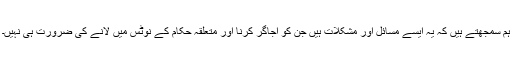
ہم سمجھتے ہیں کہ یہ ایسے مسائل اور مشکلات ہیں جن کو اجاگر کرنا اور متعلقہ حکام کے نوٹس میں لانے کی ضرورت ہی نہیں۔